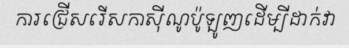
ការជ្រើសរើសកាស៊ីណូប៉ូឡូញដើម្បីដាក់វា